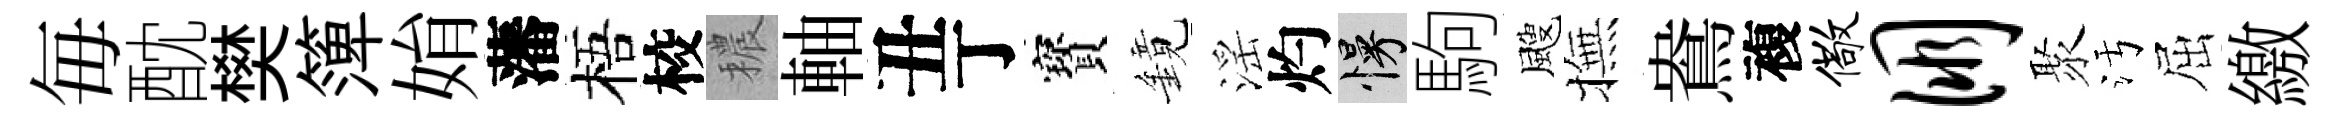
毎酖樊𥱼姢藩梧校穠軸丑丁寳鏡滛灼慢駒颼撫鴦複儆朋聚污屈繳